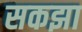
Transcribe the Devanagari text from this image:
सकझा